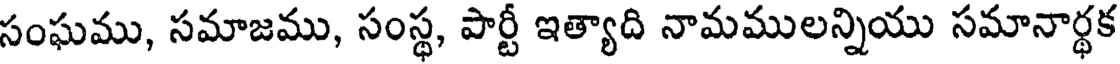
సంఘము, సమాజము, సంస్థ, పార్టీ ఇత్యాది నామములన్నియు సమానార్థక